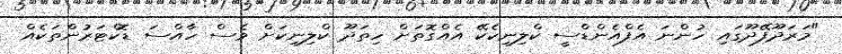
"މަރަދޫފޭދޫގައި ހުންނަ އެފްއެންޑްސީ ކްލިނިކެކޭ އެއްގޮތަށް ހިތަދޫ ކްލިނިކަށް ވެސް ހާއްސަ ޑޮކްޓަރުންތަކެއް